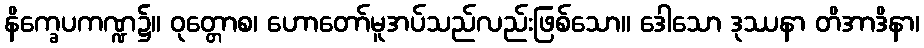
နိက္ခေပကဏ္ဍ၌။ ဝုတ္တောစ၊ ဟောတော်မူအပ်သည်လည်းဖြစ်သော။ ဒေါသော ဒုဿနာ တိအာဒိနာ၊